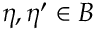
\eta , \eta ^ { \prime } \in B